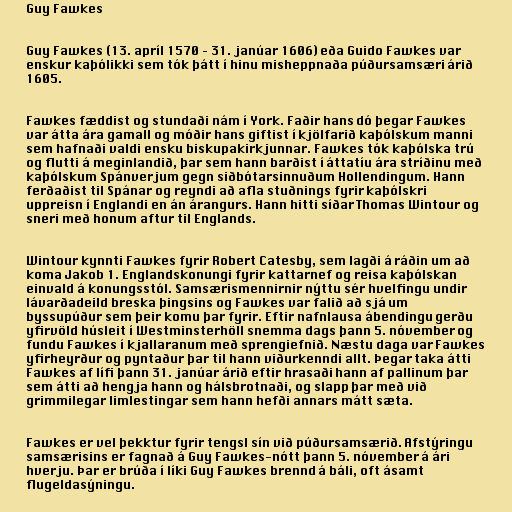
Guy Fawkes

Guy Fawkes (13. apríl 1570 – 31. janúar 1606) eða Guido Fawkes var
enskur kaþólikki sem tók þátt í hinu misheppnaða púðursamsæri árið
1605.

Fawkes fæddist og stundaði nám í York. Faðir hans dó þegar Fawkes
var átta ára gamall og móðir hans giftist í kjölfarið kaþólskum manni
sem hafnaði valdi ensku biskupakirkjunnar. Fawkes tók kaþólska trú
og flutti á meginlandið, þar sem hann barðist í áttatíu ára stríðinu með
kaþólskum Spánverjum gegn siðbótarsinnuðum Hollendingum. Hann
ferðaðist til Spánar og reyndi að afla stuðnings fyrir kaþólskri
uppreisn í Englandi en án árangurs. Hann hitti síðar Thomas Wintour og
sneri með honum aftur til Englands.

Wintour kynnti Fawkes fyrir Robert Catesby, sem lagði á ráðin um að
koma Jakob 1. Englandskonungi fyrir kattarnef og reisa kaþólskan
einvald á konungsstól. Samsærismennirnir nýttu sér hvelfingu undir
lávarðadeild breska þingsins og Fawkes var falið að sjá um
byssupúður sem þeir komu þar fyrir. Eftir nafnlausa ábendingu gerðu
yfirvöld húsleit í Westminsterhöll snemma dags þann 5. nóvember og
fundu Fawkes í kjallaranum með sprengiefnið. Næstu daga var Fawkes
yfirheyrður og pyntaður þar til hann viðurkenndi allt. Þegar taka átti
Fawkes af lífi þann 31. janúar árið eftir hrasaði hann af pallinum þar
sem átti að hengja hann og hálsbrotnaði, og slapp þar með við
grimmilegar limlestingar sem hann hefði annars mátt sæta.

Fawkes er vel þekktur fyrir tengsl sín við púðursamsærið. Afstýringu
samsærisins er fagnað á Guy Fawkes-nótt þann 5. nóvember á ári
hverju. Þar er brúða í líki Guy Fawkes brennd á báli, oft ásamt
flugeldasýningu.